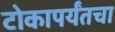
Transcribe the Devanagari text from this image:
टोकापर्यंतचा